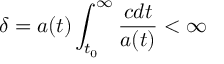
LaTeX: \delta = a ( t ) \int _ { t _ { 0 } } ^ { \infty } \frac { c d t } { a ( t ) } < \infty